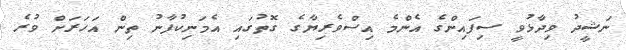
ނަޝީދު ވިދާޅުވީ ސިފައިންގެ އެންމެ އިސްވެރިޔާގެ ގޮތުގައި އެމަނިކުފާނު ތިން އަހަރަށް ވުރެ